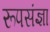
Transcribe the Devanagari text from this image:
रूपसंज्ञा